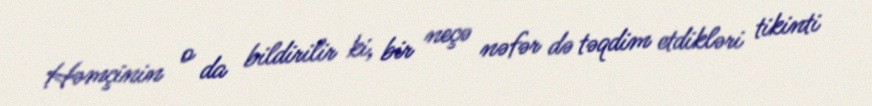
Həmçinin o da bildirilir ki, bir neçə nəfər də təqdim etdikləri tikinti